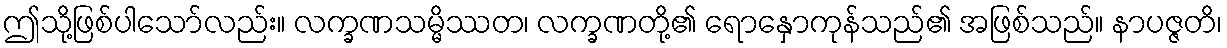
ဤသို့ဖြစ်ပါသော်လည်း။ လက္ခဏသမ္မိဿတ၊ လက္ခဏတို့၏ ရောနှောကုန်သည်၏ အဖြစ်သည်။ နာပဇ္ဇတိ၊